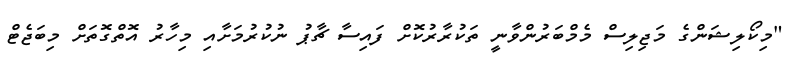
"މިކޯލިޝަންގެ މަޖިލިސް މެމްބަރުންވާނީ ތަކުރާރުކޮށް ފައިސާ ޗާޕު ނުކުރުމަށާއި މިހާރު އޮތްގޮތަށް މިބަޖެޓް